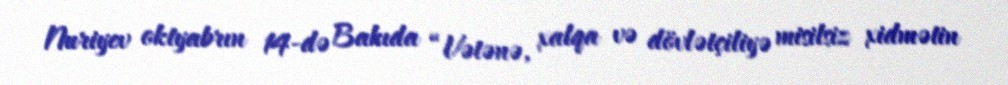
Nuriyev oktyabrın 14-də Bakıda “Vətənə, xalqa və dövlətçiliyə misilsiz xidmətin